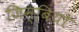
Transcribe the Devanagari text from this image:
ज़िम्बियो